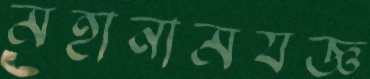
মহানামযজ্ঞ